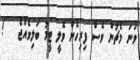
ވަނަ މެޗުން ވެސް ފިރިހެން ވޮލީ ޓީމު ބަލިވެއްޖެ   !